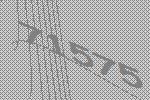
71575